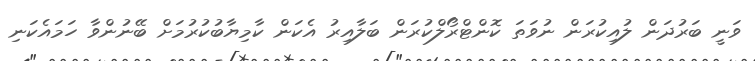
ވަނީ ބަރުދަން ލުއިކުރަން ނުވަތަ ކޮންޓްރޯލްކުރަން ބަލާއިރު އެކަން ކާމިޔާބުކުރުމަށް ބޭނުންވާ ހަމައެކަނި